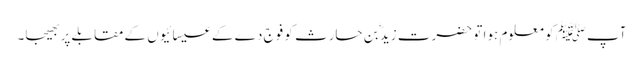
آپﷺ کو معلوم ہوا تو حضرت زیدؓ بن حارث کو فوج دے کے عیسائیوں کے مقابلے پر بھیجا۔